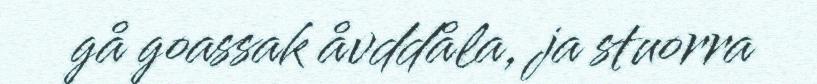
gå goassak åvddåla, ja stuorra